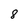
Character: 8